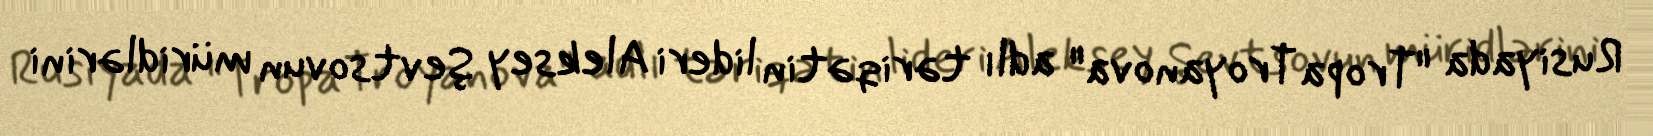
Rusiyada "Tropa Troyanova" adlı təriqətin lideri Aleksey Şevtsovun müridlərini